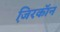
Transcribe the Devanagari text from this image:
जि़रकॉन